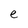
Character: e